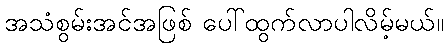
အသံစွမ်းအင်အဖြစ် ပေါ်ထွက်လာပါလိမ့်မယ်။